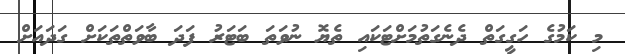
މި ކަމުގެ ހަގީގަތް ދެނެގަތުމަށްޓަކައި ތެޔޮ ނުވަތަ ބަޓަރު ފަދަ ބާވަތްތަކަށް ގަދައަށް